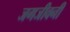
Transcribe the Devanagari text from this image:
जगजीवनी